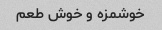
خوشمزه و خوش طعم